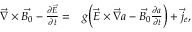
\begin{array} { r l } { \vec { \nabla } \times \vec { B _ { 0 } } - \frac { \partial \vec { E } } { \partial { t } } = } & { { } g \Big ( \vec { E } \times \vec { \nabla } a - \vec { B _ { 0 } } \frac { \partial a } { \partial t } \Big ) + \vec { j } _ { e } , } \end{array}